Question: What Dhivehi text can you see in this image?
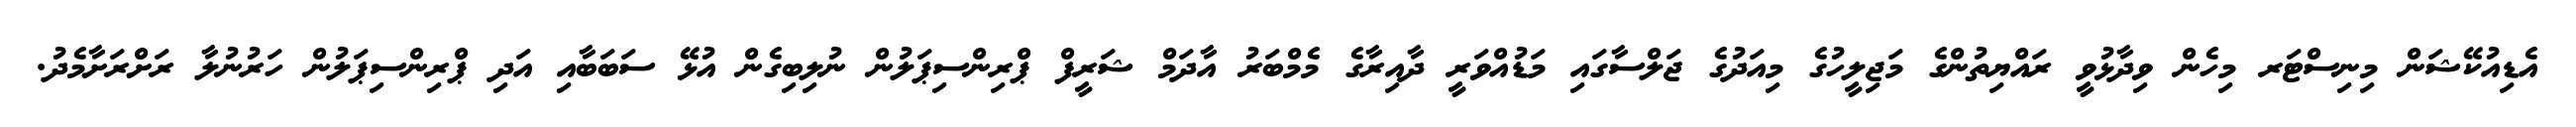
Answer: އެޑިއުކޭޝަން މިނިސްޓަރ މިހެން ވިދާޅުވީ ރައްޔިތުންގެ މަޖިލީހުގެ މިއަދުގެ ޖަލްސާގައި މަޑުއްވަރީ ދާއިރާގެ މެމްބަރު އާދަމް ޝަރީފް ޕްރިންސިޕަލުން ނުލިބިގެން އުޅޭ ސަބަބާއި އަދި ޕްރިންސިޕަލުން ހަރުނުލާ ރަށްރަށާމެދު.